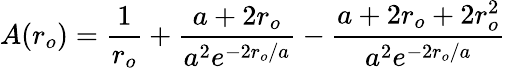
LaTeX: A(r_{o})={\frac{1}{r_{o}}}+{\frac{a+2r_{o}}{a^{2}e^{-2r_{o}/a}}}-{\frac{a+2r_{o}+2r_{o}^{2}}{a^{2}e^{-2r_{o}/a}}}